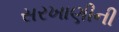
સરખાણીની